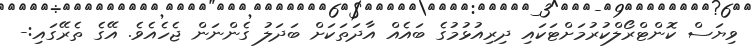
ވިޔަސް ކޮންޓްރޯލްކުރުމަށްޓަކައި ދިރިއުޅުމުގެ ބައެއް އާދަތަކަށް ބަދަލު ގެންނަން ޖެހެއެވެ. އޭގެ ތެރޭގައި:-